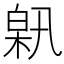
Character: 𤽰